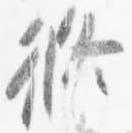
修